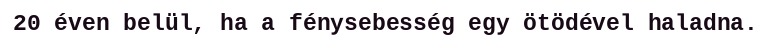
20 éven belül, ha a fénysebesség egy ötödével haladna.